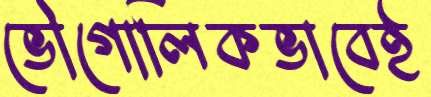
ভৌগোলিকভাবেই